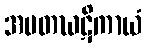
အမတဃဋိကာယံ